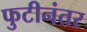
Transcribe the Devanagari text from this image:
फुटीनंतर